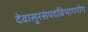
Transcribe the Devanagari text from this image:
देवासुरसंपदविभागयोग